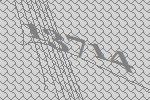
13714